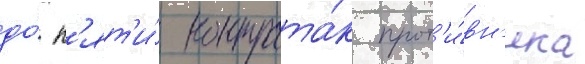
до́ п'ят'и́ контрата́к прот'и́вн'ика